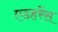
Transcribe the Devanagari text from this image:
एडहरेंस